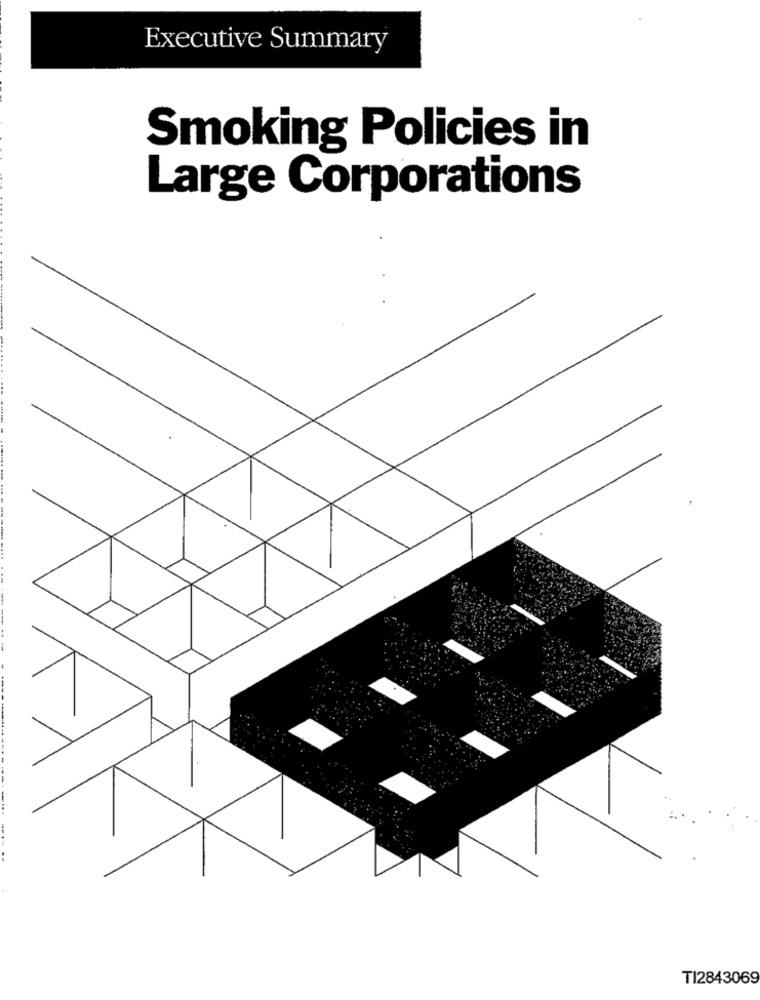
Executive Summary
Smoking Policies in
Large Corporations
TI2843069